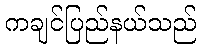
ကချင်ပြည်နယ်သည်